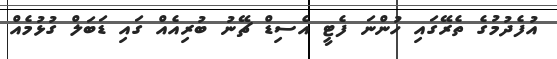
އުފެދުމުގެ ތެރޭގައި ހުންނަ ފެޓީ އެސިޑް ޗޭނު ބުރިއެއް ގައި ޑަބަލް ގުޅުމެއް